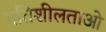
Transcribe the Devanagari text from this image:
गतिशीलताओ